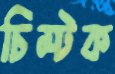
চিম্‌টক